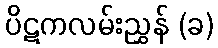
ပိဋကလမ်းညွှန် (ခ)